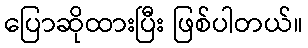
ပြောဆိုထားပြီး ဖြစ်ပါတယ်။